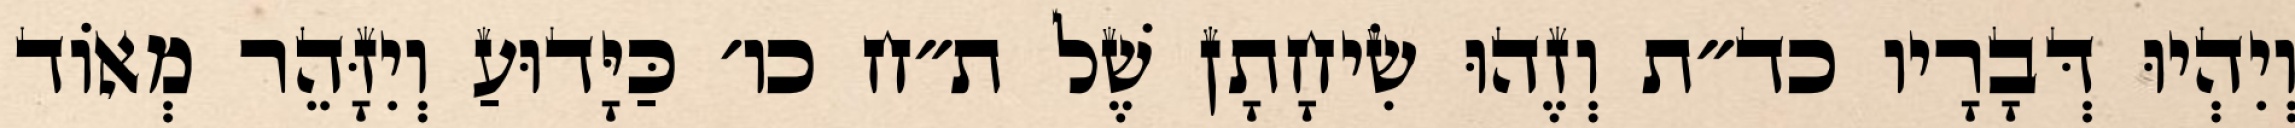
וְיִהְיוּ דְּבָרָיו כד״ת וְזֶהוּ שִׂיחָתָן שֶׁל ת״ח כו׳ כַּיָּדוּעַ וְיִזָּהֵר מְאוֹד